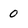
Character: 0